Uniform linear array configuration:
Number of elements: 8
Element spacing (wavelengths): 0.75
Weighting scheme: hamming
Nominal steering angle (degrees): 45
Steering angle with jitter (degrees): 43.694
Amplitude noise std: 0.05
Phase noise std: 0.05

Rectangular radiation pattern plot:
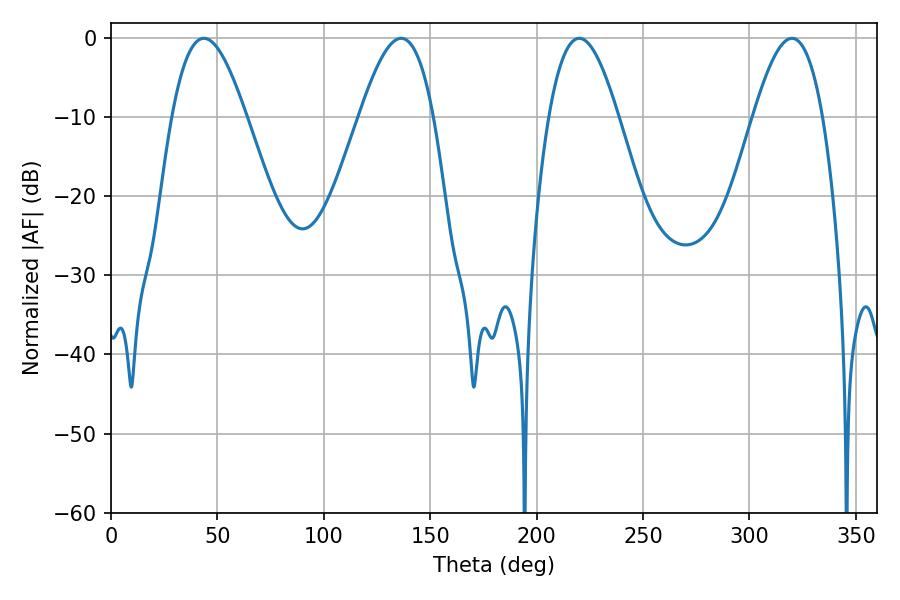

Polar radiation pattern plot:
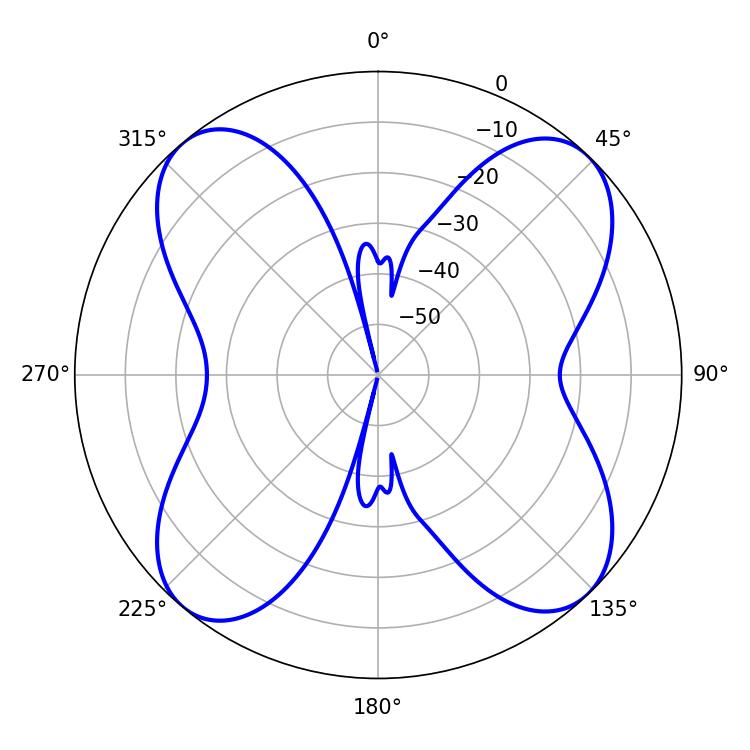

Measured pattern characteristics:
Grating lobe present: TRUE
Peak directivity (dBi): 14.906
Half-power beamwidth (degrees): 17.82
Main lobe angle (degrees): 219.96